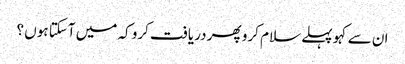
ان سے کہو پہلے سلام کرو پھر دریافت کرو کہ میں آسکتا ہوں ؟